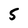
Character: 5